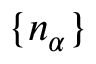
\{ n _ { \alpha } \}